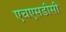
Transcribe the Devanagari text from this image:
एचएसडीसी